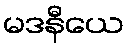
မဒနီယေ